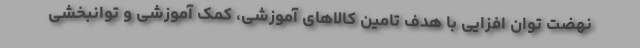
نهضت توان افزایی با هدف تامین کالاهای آموزشی، کمک آموزشی و توانبخشی